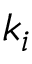
k _ { i }